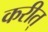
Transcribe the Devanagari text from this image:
करीत्